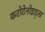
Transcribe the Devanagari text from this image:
करोटेनोइड्स